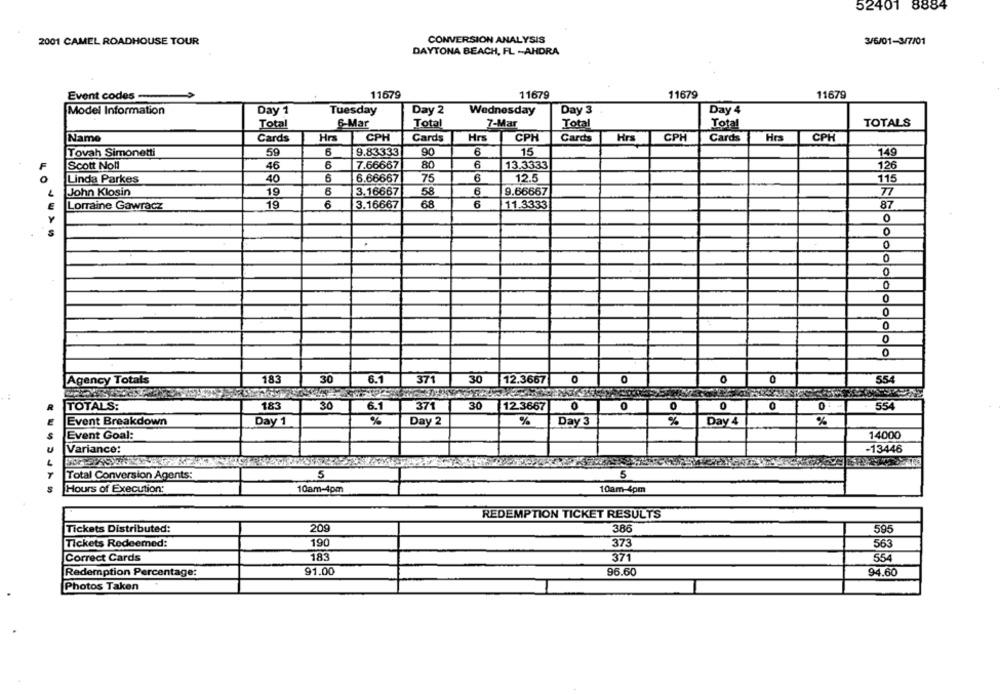
52401 8884
2001 CAMEL ROADHOUSE TOUR
CONVERSION ANALYSIS
3/6/01-3/7/01
DAYTONA BEACH, FL -- AHDRA
Event codes
11679
11679
11679
11679
Day 1
Tuesday
Day 2
Wednesday
Day 3
Day 4
Model Information
Total
6-Mar
Total
7-Mar
Total
Total
TOTALS
Name
Cards
Hrs
CPH
Cards
Hrs
CPH
Cards
Hrs
CPH
Cards
Hrs
CPH
Tovah Simonetti
59
6
9.83333
90
6
15
149
Scott Noll
46
6
7.66667
80
6
13.3333
126
Linda Parkes
40
6
6.66667
75
6
12.5
115
LO
John Klosin
19
6
3.16667
58
6
9.66667
77
Lorraine Gawracz
19
6
3.16667
68
6
11.3333
87
0
0
0
0
0
0
0
0
0
0
Agency Totals
183
30
6.1
371
30
12.3667
0
O
0
554
TOTALS:
183
30
6.1
371
30
12.3667
0
0
0
0
0
554
Event Breakdown
Day 1
%
Day 2
%
Day 3
%
Day 4
%
Event Goal:
14000
Variance:
-13446
Total Conversion Agents:
5
5
Hours of Execution:
10am-4pm
10am-4pm
REDEMPTION TICKET RESULTS
Tickets Distributed:
209
386
595
Tickets Redeemed:
373
190
563
Correct Cards
183
371
554
Redemption Percentage:
91.00
96.60
94.60
Photos Taken